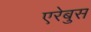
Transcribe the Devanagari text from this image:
एरेबुस